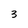
Character: 3